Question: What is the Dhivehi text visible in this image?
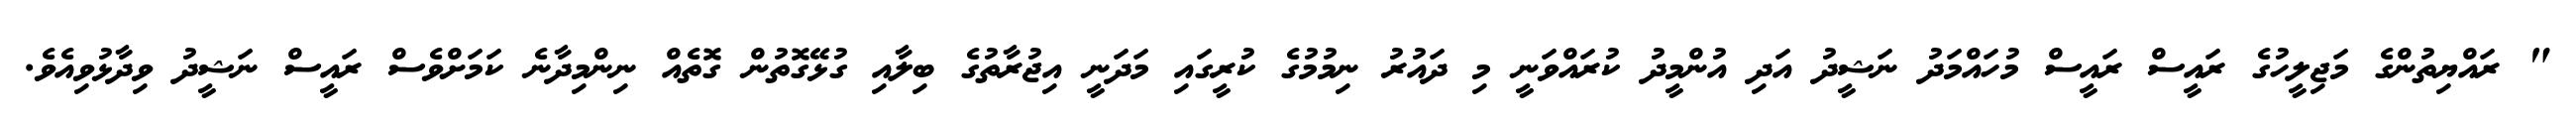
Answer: " ރައްޔިތުންގެ މަޖިލީހުގެ ރައީސް ރައީސް މުހައްމަދު ނަޝީދު އަދި އުންމީދު ކުރައްވަނީ މި ދައުރު ނިމުމުގެ ކުރީގައި މަދަނީ އިޖުރާތުގެ ބިލާއި ގުޅޭގޮތުން ގޮތެއް ނިންމިދާނެ ކަމަށްވެސް ރައީސް ނަޝީދު ވިދާޅުވިއެވެ.